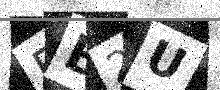
Text: FB2U